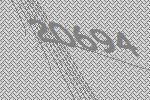
20694